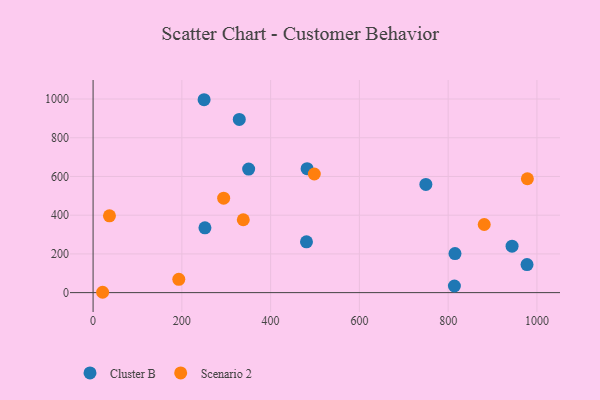
{"axis": {"x": "Ad Spend", "y": "Profit"}, "legend": ["Cluster B", "Scenario 2"], "data": [{"x": "814.1", "y": 34.2, "type": "Cluster B"}, {"x": "250.1", "y": 996.4, "type": "Cluster B"}, {"x": "329.4", "y": 894.7, "type": "Cluster B"}, {"x": "815.4", "y": 201.7, "type": "Cluster B"}, {"x": "482.2", "y": 640.2, "type": "Cluster B"}, {"x": "350.5", "y": 638.3, "type": "Cluster B"}, {"x": "480.8", "y": 262.4, "type": "Cluster B"}, {"x": "977.7", "y": 144.9, "type": "Cluster B"}, {"x": "944.0", "y": 240.1, "type": "Cluster B"}, {"x": "749.8", "y": 558.9, "type": "Cluster B"}, {"x": "252.0", "y": 334.8, "type": "Cluster B"}, {"x": "294.2", "y": 488.1, "type": "Scenario 2"}, {"x": "36.9", "y": 396.5, "type": "Scenario 2"}, {"x": "21.5", "y": 1.8, "type": "Scenario 2"}, {"x": "193.1", "y": 68.9, "type": "Scenario 2"}, {"x": "978.5", "y": 588.3, "type": "Scenario 2"}, {"x": "881.3", "y": 351.8, "type": "Scenario 2"}, {"x": "498.4", "y": 612.7, "type": "Scenario 2"}, {"x": "338.4", "y": 376.3, "type": "Scenario 2"}]}